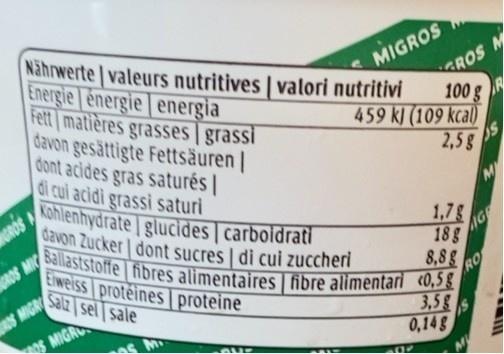
Nährwerte valeurs nutritives | valori nutritivi Energie energie | energia Fett matières grasses grassi GROS davon gesättigte Fettsäuren | dont acides gras saturés| di cui acidi grassi saturi Kohlenhydrate glucides | carboidrati
MIGROSM ROS M 100 g 459 kl (109 kcal)
2,5g
davon Zucker dont sucres | di cui zuccheri
noS MI Ballaststoffe fibres alimentaires | fibre alimentari «0,5 g
S MIGR Elweiss proteines proteine salz sel sale S MIGR
1,7g 18g 8,8 g RO
3,5g 0,148
M